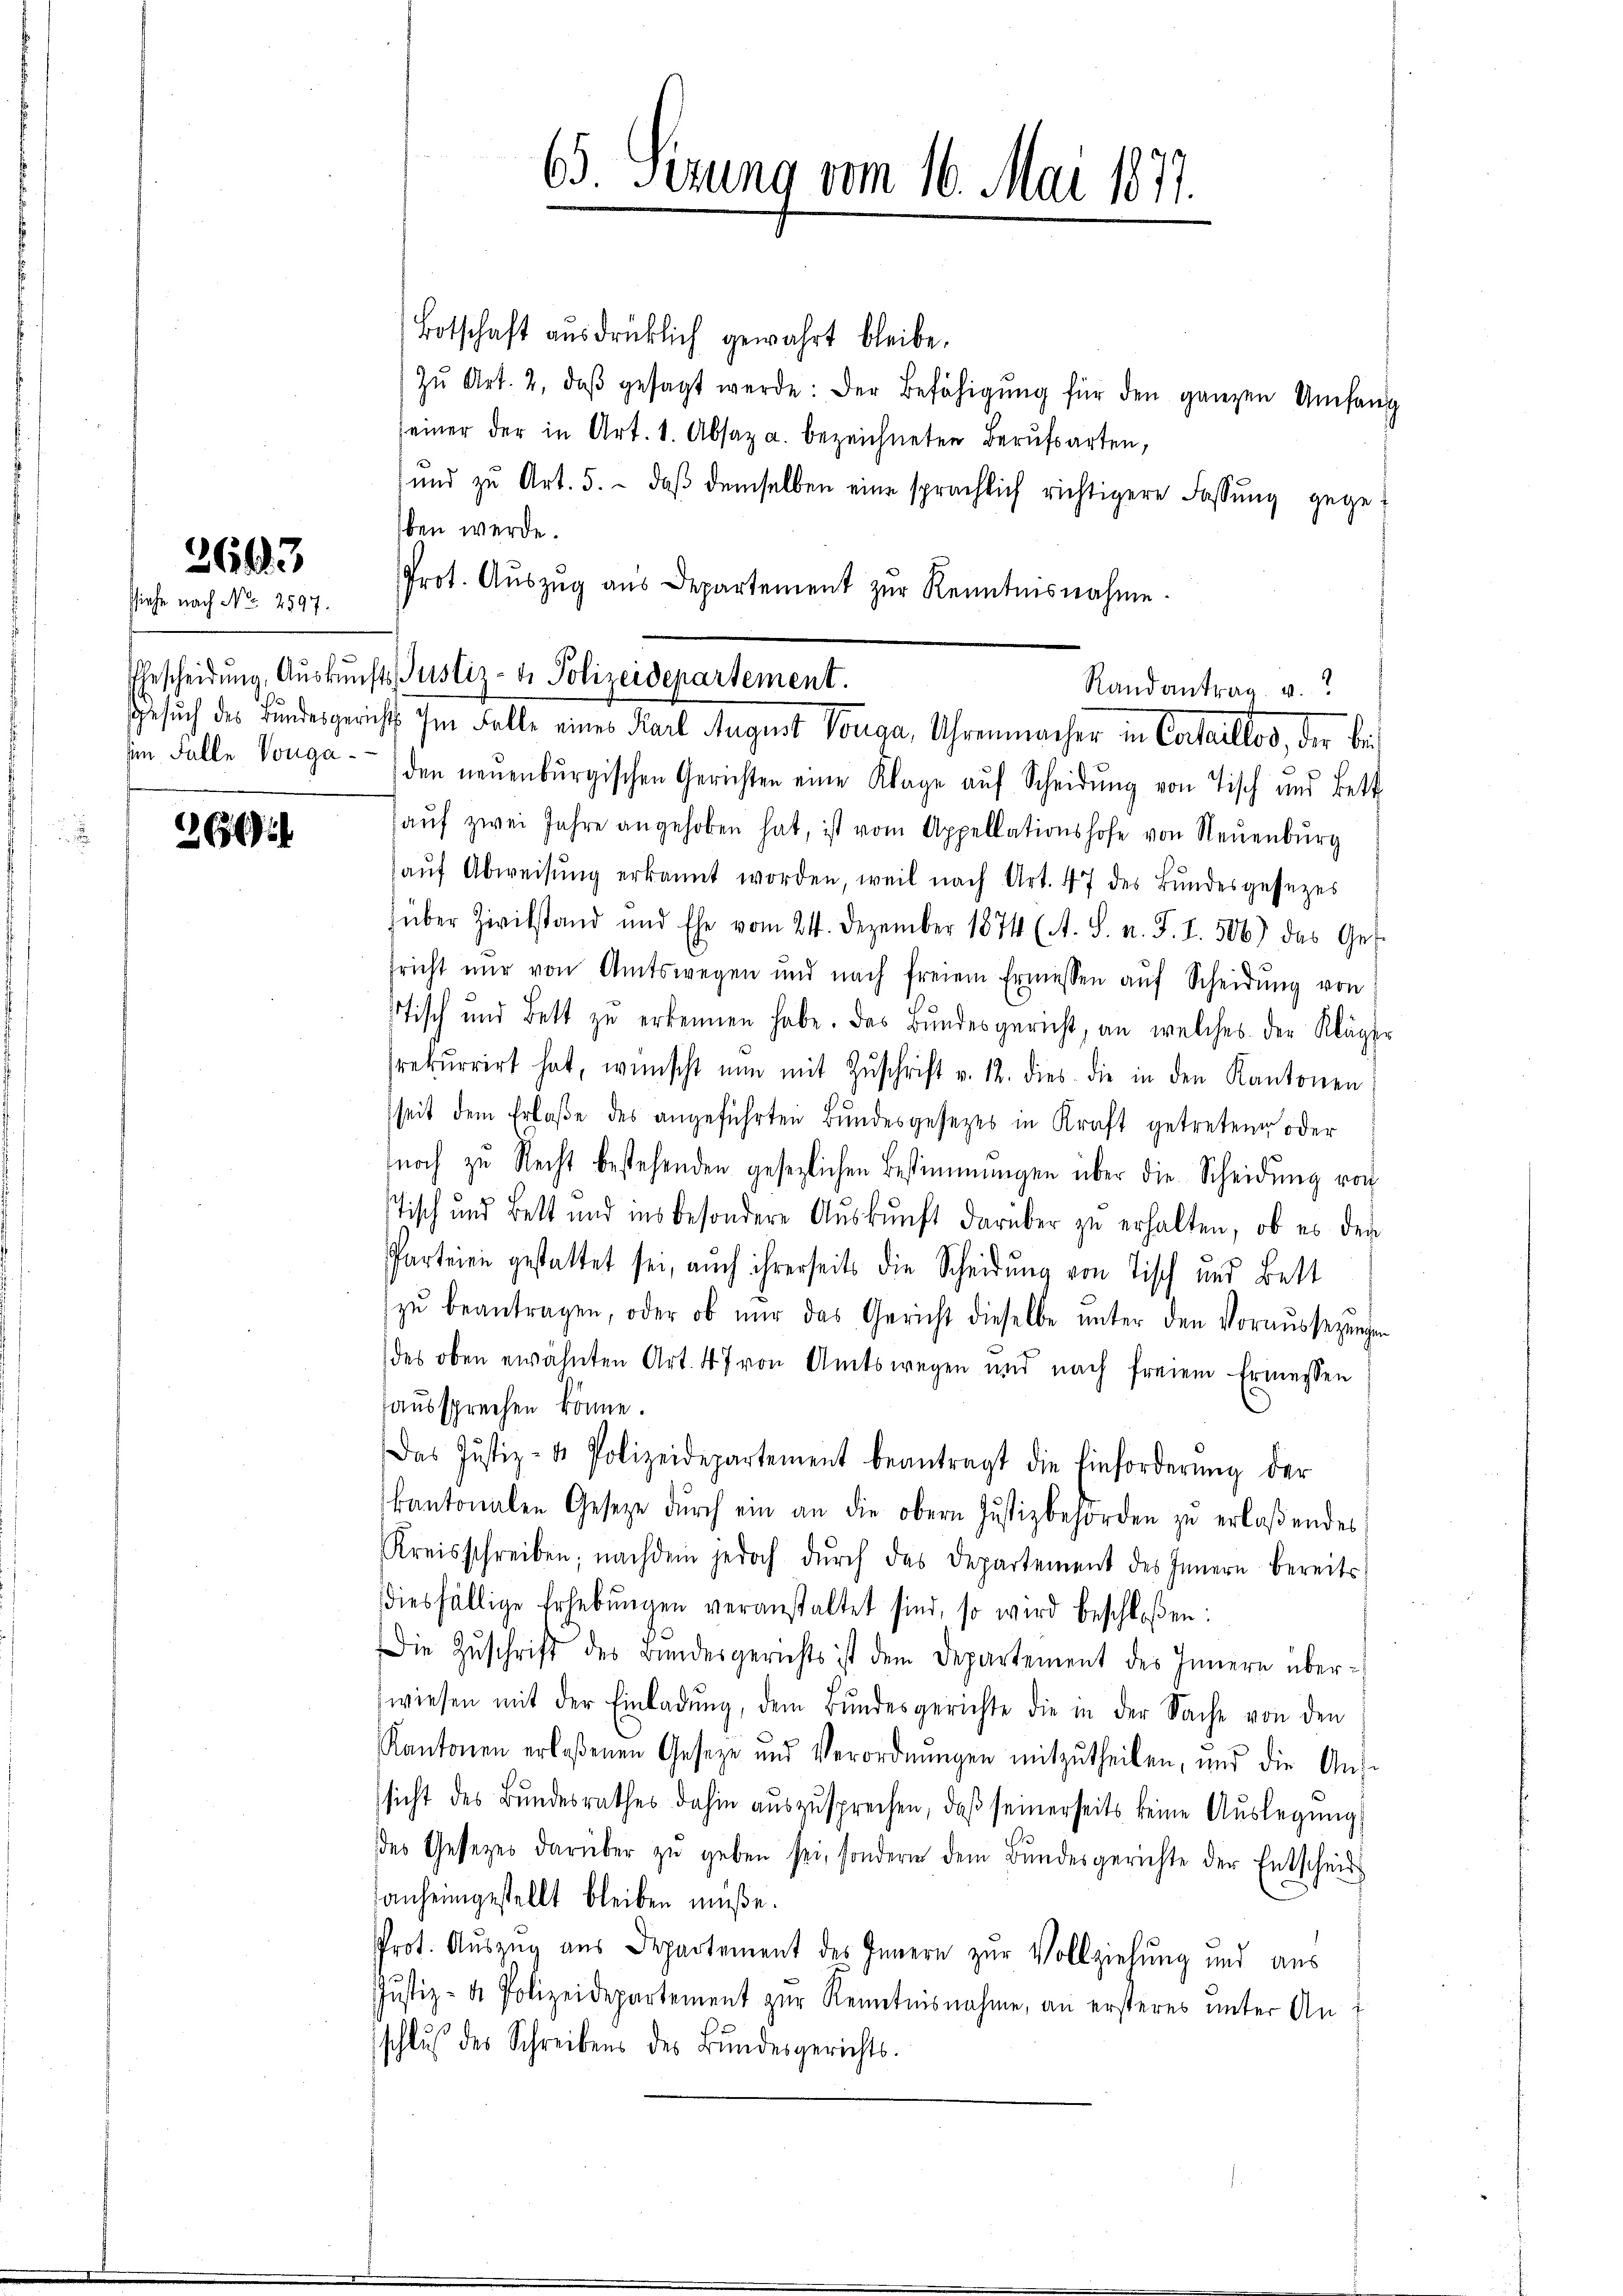
3603
ssiehe nach No. 2597.

36

Botschaft ausdrücklich gewahrt bleibe.
Zŭ Art. 2, daβ gesagt werde: der Befähigŭng für den ganzen Umfang
seiner der in Art. 1. Absaz a. bezeichneten Berufsarten,
ŭnd zu Art. 5. daβ demselben eine sprachlich richtigere Fassŭng gegeben werde.
Prot. Aŭszŭg aŭs Departement zŭr Kenntnisnahme.
in Falle Vorga- den neuenburgischen Gerichten eine Klage aŭf Scheidŭng von Tisch und Bett
aŭf zwei Jahre angehoben hat, ist vom Appellationshofe von Neuenburg
aŭf Abweisŭng erkannt worden, weil nach Art. 47 des Bŭndesgesezes
über Zivilstand und Ehe vom 24. Dezember 1874 (A. S. n. F. I. 506) das Ges.
sricht nur von Amtswegen und nach freiem Ermessen aŭf Scheidŭng von
tisch und Bett zu erkennen habe. Das Bundesgericht, an welches der Kläger
srekurrirt hat, wünscht nun mit Zŭschrift v. 12. dies die in den Kantonen
seit dem Erlaβe des angeführten Bŭndesgesetzes in Kraft getreten oder
noch zu Recht bestehenden gesetzlichen Bestimmungen über die Scheidŭng von
Tisch und Bett und insbesondere Aŭskŭnft darüber zu erhalten, ob es der
Parteien gestattet sei, auch ihrerseits die Scheidŭng von Tisch und Bett
zŭ beantragen, oder ob nur das Gericht dieselbe ŭnter den Voraŭssezungen
des oben erwähnten Art. 47 von Amtswegen und nach freiem Ermessen
aussprechen könne.
Das Justiz- & Polizeidepartement beantragt die Einforderŭng der
kantonalen Gesetze dŭrch ein an die obern Justizbehörden zŭ erlaßendes
Kreisschreiben; nachdem jedoch dŭrch das Departement des Innern bereits
diesfällige Erhebŭngen veranstaltet sind, so wird beschloßen:
Die Zŭschrift des Bundesgerichts ist dem Departement des Innern überwiesen mit der Einladŭng, dem Bŭndesgerichte die in der Sache von den
Kantonen erlaßenen Geseze und Verordnŭngen mitzŭtheilen, und die An-
sicht des Bŭndesrathes dahin aŭszŭsprechen, daβ seinerseits keine Aŭslegŭng
des Gesetzes darüber zŭ geben sei, sondern dem Bŭndesgerichte der Entscheid
anheimgestellt bleiben müße.
Prot. Auszug aus Departement des Innern zur Vollziehung und aus
Justiz- & Polizeidepartement zur Kenntnisnahme, an ersteres unter Anschlus des Schreibens des Bundesgerichts-

65. Sezung vom 16. Mai 1877.

Ehrscheidŭng Aŭskŭnfts Justiz- & Polizeidepartement.
Randantrag u.
Gesuch des Bundesgerichts im Falle eines Karl August Konga, Uhrenmacher in Cataillos, der bei